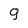
Character: q